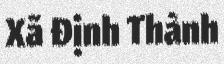
Xã Định Thành